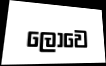
ලොවෙ